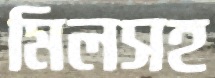
মিলসহ